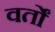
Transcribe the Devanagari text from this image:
वर्तों